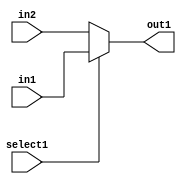
//group 22
// a mux , output port have 32 bits

module muxto32(out1,select1,in1,in2);

input select1;
input [31:0] in1,in2;
output reg [31:0] out1;
always @(select1,in1,in2)
begin
	if (select1==1)  out1 = in1;
	else out1 = in2;
end
endmodule